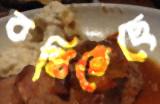
বখিতেছে